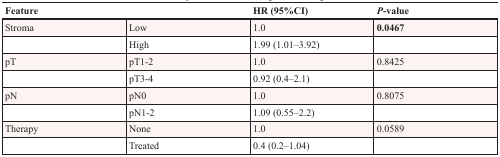
<table><thead><tr><td colspan="2"><b>Feature</b></td><td><b>HR (95%CI)</b></td><td><b><i>P</i>-value</b></td></tr></thead><tbody><tr><td>Stroma</td><td>Low</td><td>1.0</td><td><b>0.0467</b></td></tr><tr><td></td><td>High</td><td>1.99 (1.01–3.92)</td><td></td></tr><tr><td>pT</td><td>pT1-2</td><td>1.0</td><td>0.8425</td></tr><tr><td></td><td>pT3-4</td><td>0.92 (0.4–2.1)</td><td></td></tr><tr><td>pN</td><td>pN0</td><td>1.0</td><td>0.8075</td></tr><tr><td></td><td>pN1-2</td><td>1.09 (0.55–2.2)</td><td></td></tr><tr><td>Therapy</td><td>None</td><td>1.0</td><td>0.0589</td></tr><tr><td></td><td>Treated</td><td>0.4 (0.2–1.04)</td><td></td></tr></tbody></table>